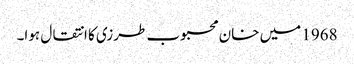
1968 میں خان محبوب طرزی کا انتقال ہوا۔